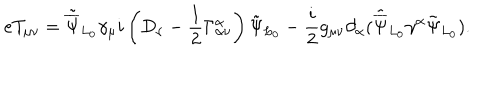
LaTeX: e T _ { \mu \nu } = { \tilde { \overline { { \Psi } } } _ { L _ { 0 } } } { \gamma _ { \mu } } i \left( D _ { \nu } - \frac { 1 } { 2 } \Gamma _ { \alpha \nu } ^ { \alpha } \right) { \tilde { \Psi } } _ { L _ { 0 } } - \frac { i } { 2 } g _ { \mu \nu } \partial _ { \alpha } ( { \tilde { \overline { { \Psi } } } } _ { L _ { 0 } } \gamma ^ { \alpha } { \tilde { \Psi } _ { L _ { 0 } } } ) . \nonumber \,